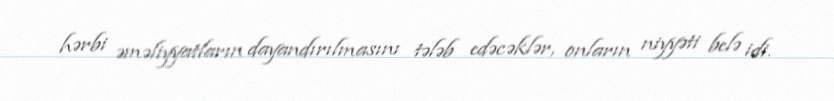
hərbi əməliyyatların dayandırılmasını tələb edəcəklər, onların niyyəti belə idi.